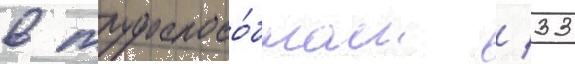
в трудоспосо́бном / 33